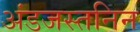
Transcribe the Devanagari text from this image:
अंडजस्तनिन